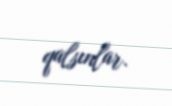
qalsınlar.